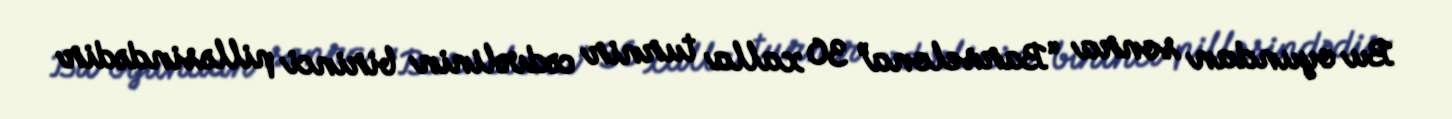
Bu oyundan sonra “Barselona” 30 xalla turnir cədvəlinin birinci pilləsindədir